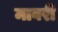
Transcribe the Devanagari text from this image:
मावरी